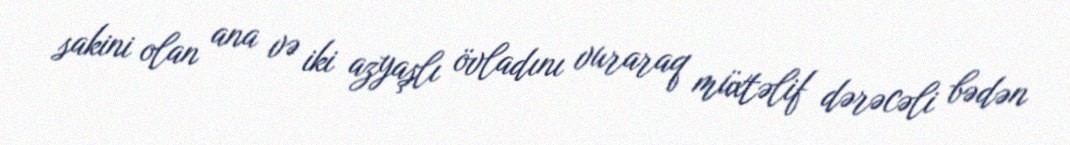
sakini olan ana və iki azyaşlı övladını vuraraq müxtəlif dərəcəli bədən